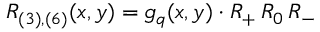
R _ { ( 3 ) , ( 6 ) } ( x , y ) = g _ { q } ( x , y ) \cdot R _ { + } \, R _ { 0 } \, R _ { - }